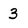
Character: 3